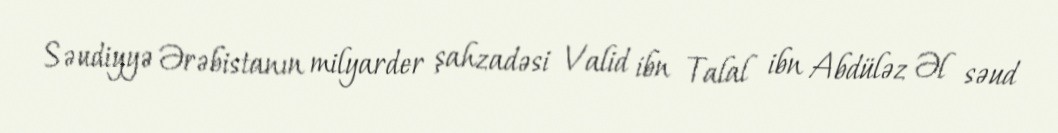
Səudiyyə Ərəbistanın milyarder şahzadəsi Valid ibn Talal ibn Abdüləz Əl səud